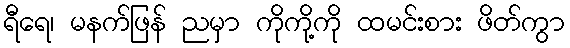
ရီရေ၊ မနက်ဖြန် ညမှာ ကိုကို့ကို ထမင်းစား ဖိတ်ကွာ